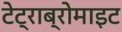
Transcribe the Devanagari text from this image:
टेट्राब्रोमाइट